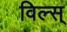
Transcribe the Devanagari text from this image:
विल्स्